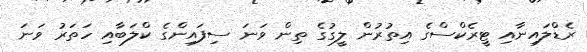
ރެޑްލައިނާއި ޓީރެކްސްގެ އިތުރުން ލީގުގެ ތިން ވަނަ ސިފައިންގެ ކްލަބާއި ހަތަރު ވަނަ